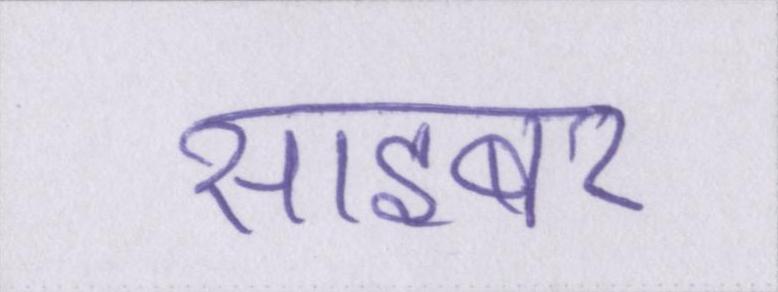
साइबर